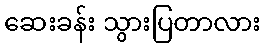
ဆေးခန်း သွားပြတာလား